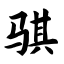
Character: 骐